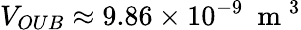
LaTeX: V_{OUB}\approx 9.86\times 10^{-9}~\mathrm{~m~}^{3}